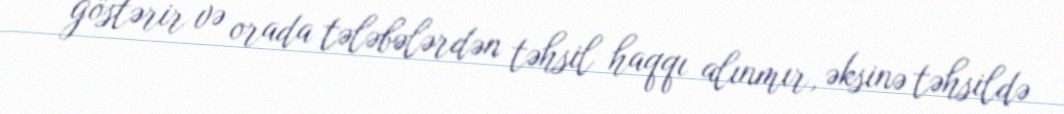
göstərir və orada tələbələrdən təhsil haqqı alınmır, əksinə təhsildə